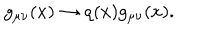
g _ { \mu \nu } ( x ) \rightarrow \varrho ( x ) g _ { \mu \nu } ( x ) .